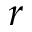
r